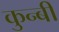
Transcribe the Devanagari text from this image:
कुन्बी